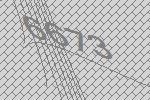
6673